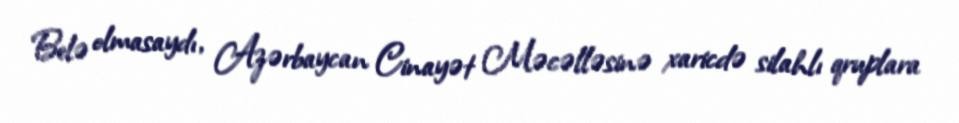
Belə olmasaydı, Azərbaycan Cinayət Məcəlləsinə xaricdə silahlı qruplara